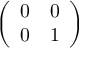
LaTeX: \left( \begin{array} { l l } { 0 } & { 0 } \\ { 0 } & { 1 } \end{array} \right)